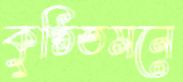
কুণ্ঠিতমনে